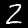
Digit: 2